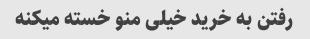
رفتن به خرید خیلی منو خسته میکنه